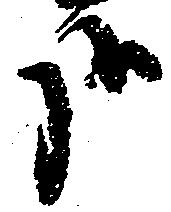
哉